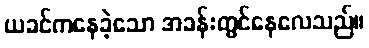
ယခင်ကနေခဲ့သော အခန်းတွင်နေလေသည်။